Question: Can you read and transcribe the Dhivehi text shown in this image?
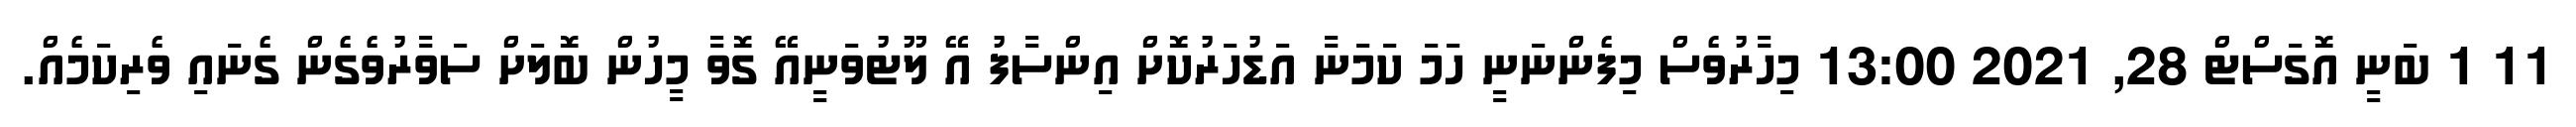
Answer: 11 1 ބަނީ އޮގަސްޓް 28, 2021 13:00 މިހާރުވެސް މިފެންނަނީ ހަމަ ކަމަނާ އަޑުހަރުކޮށް އިންސާފު އޭ ލޫޓުވަނީއޭ ގޮވާ މީހުން ބޮލަށް ސަވާރުވެގެން ގެނައި ވެރިކަމެއް.